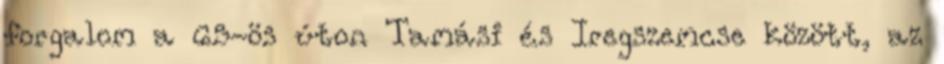
forgalom a 65-ös úton Tamási és Iregszemcse között, az